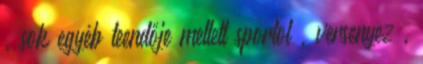
, sok egyéb teendője mellett sportol , versenyez ,